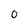
Character: 0